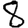
Digit: 8